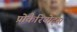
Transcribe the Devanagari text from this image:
प्रोकैरियोट्स